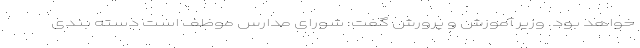
خواهد بود. وزیر آموزش و پرورش گفت: شورای مدارس موظف است دسته بندی